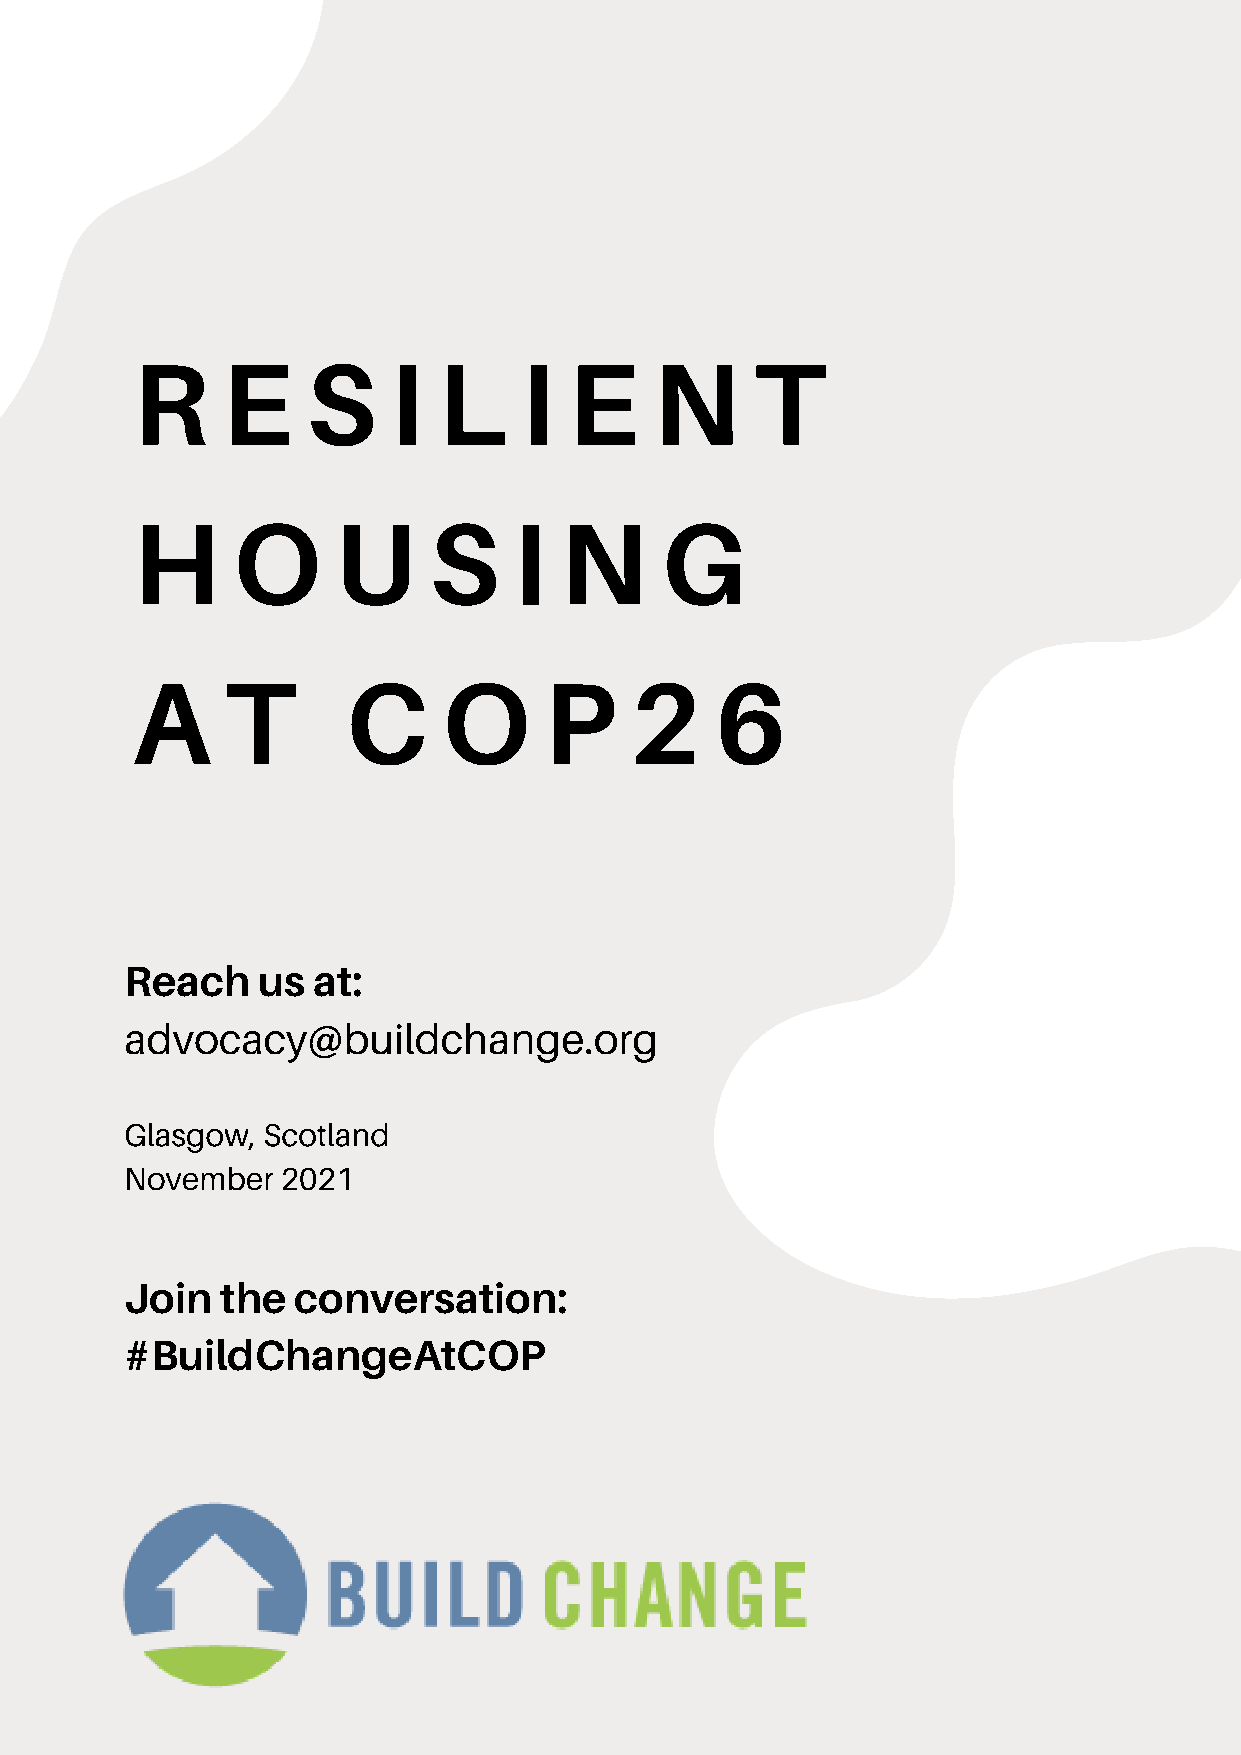
R     E    S     I  L    I   E    N      T
 H     O      U     S     I  N      G
 A     T       C     O      P     2    6
 Reach    us  at:
 advocacy@buildchange.org
 Glasgow, Scotland
 November   2021
 Join   the conversation:
 #BuildChangeAtCOP